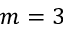
m = 3